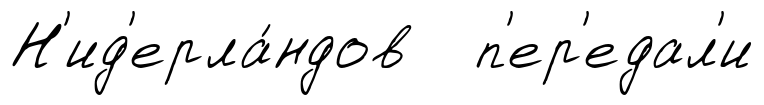
Н'ид'ерла́ндов п'ер'едал'и